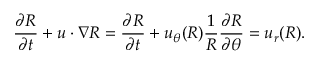
\frac { \partial R } { \partial t } + \boldsymbol { u } \cdot \nabla R = \frac { \partial R } { \partial t } + u _ { \theta } ( R ) \frac { 1 } { R } \frac { \partial R } { \partial \theta } = u _ { r } ( R ) .